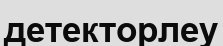
детекторлеу